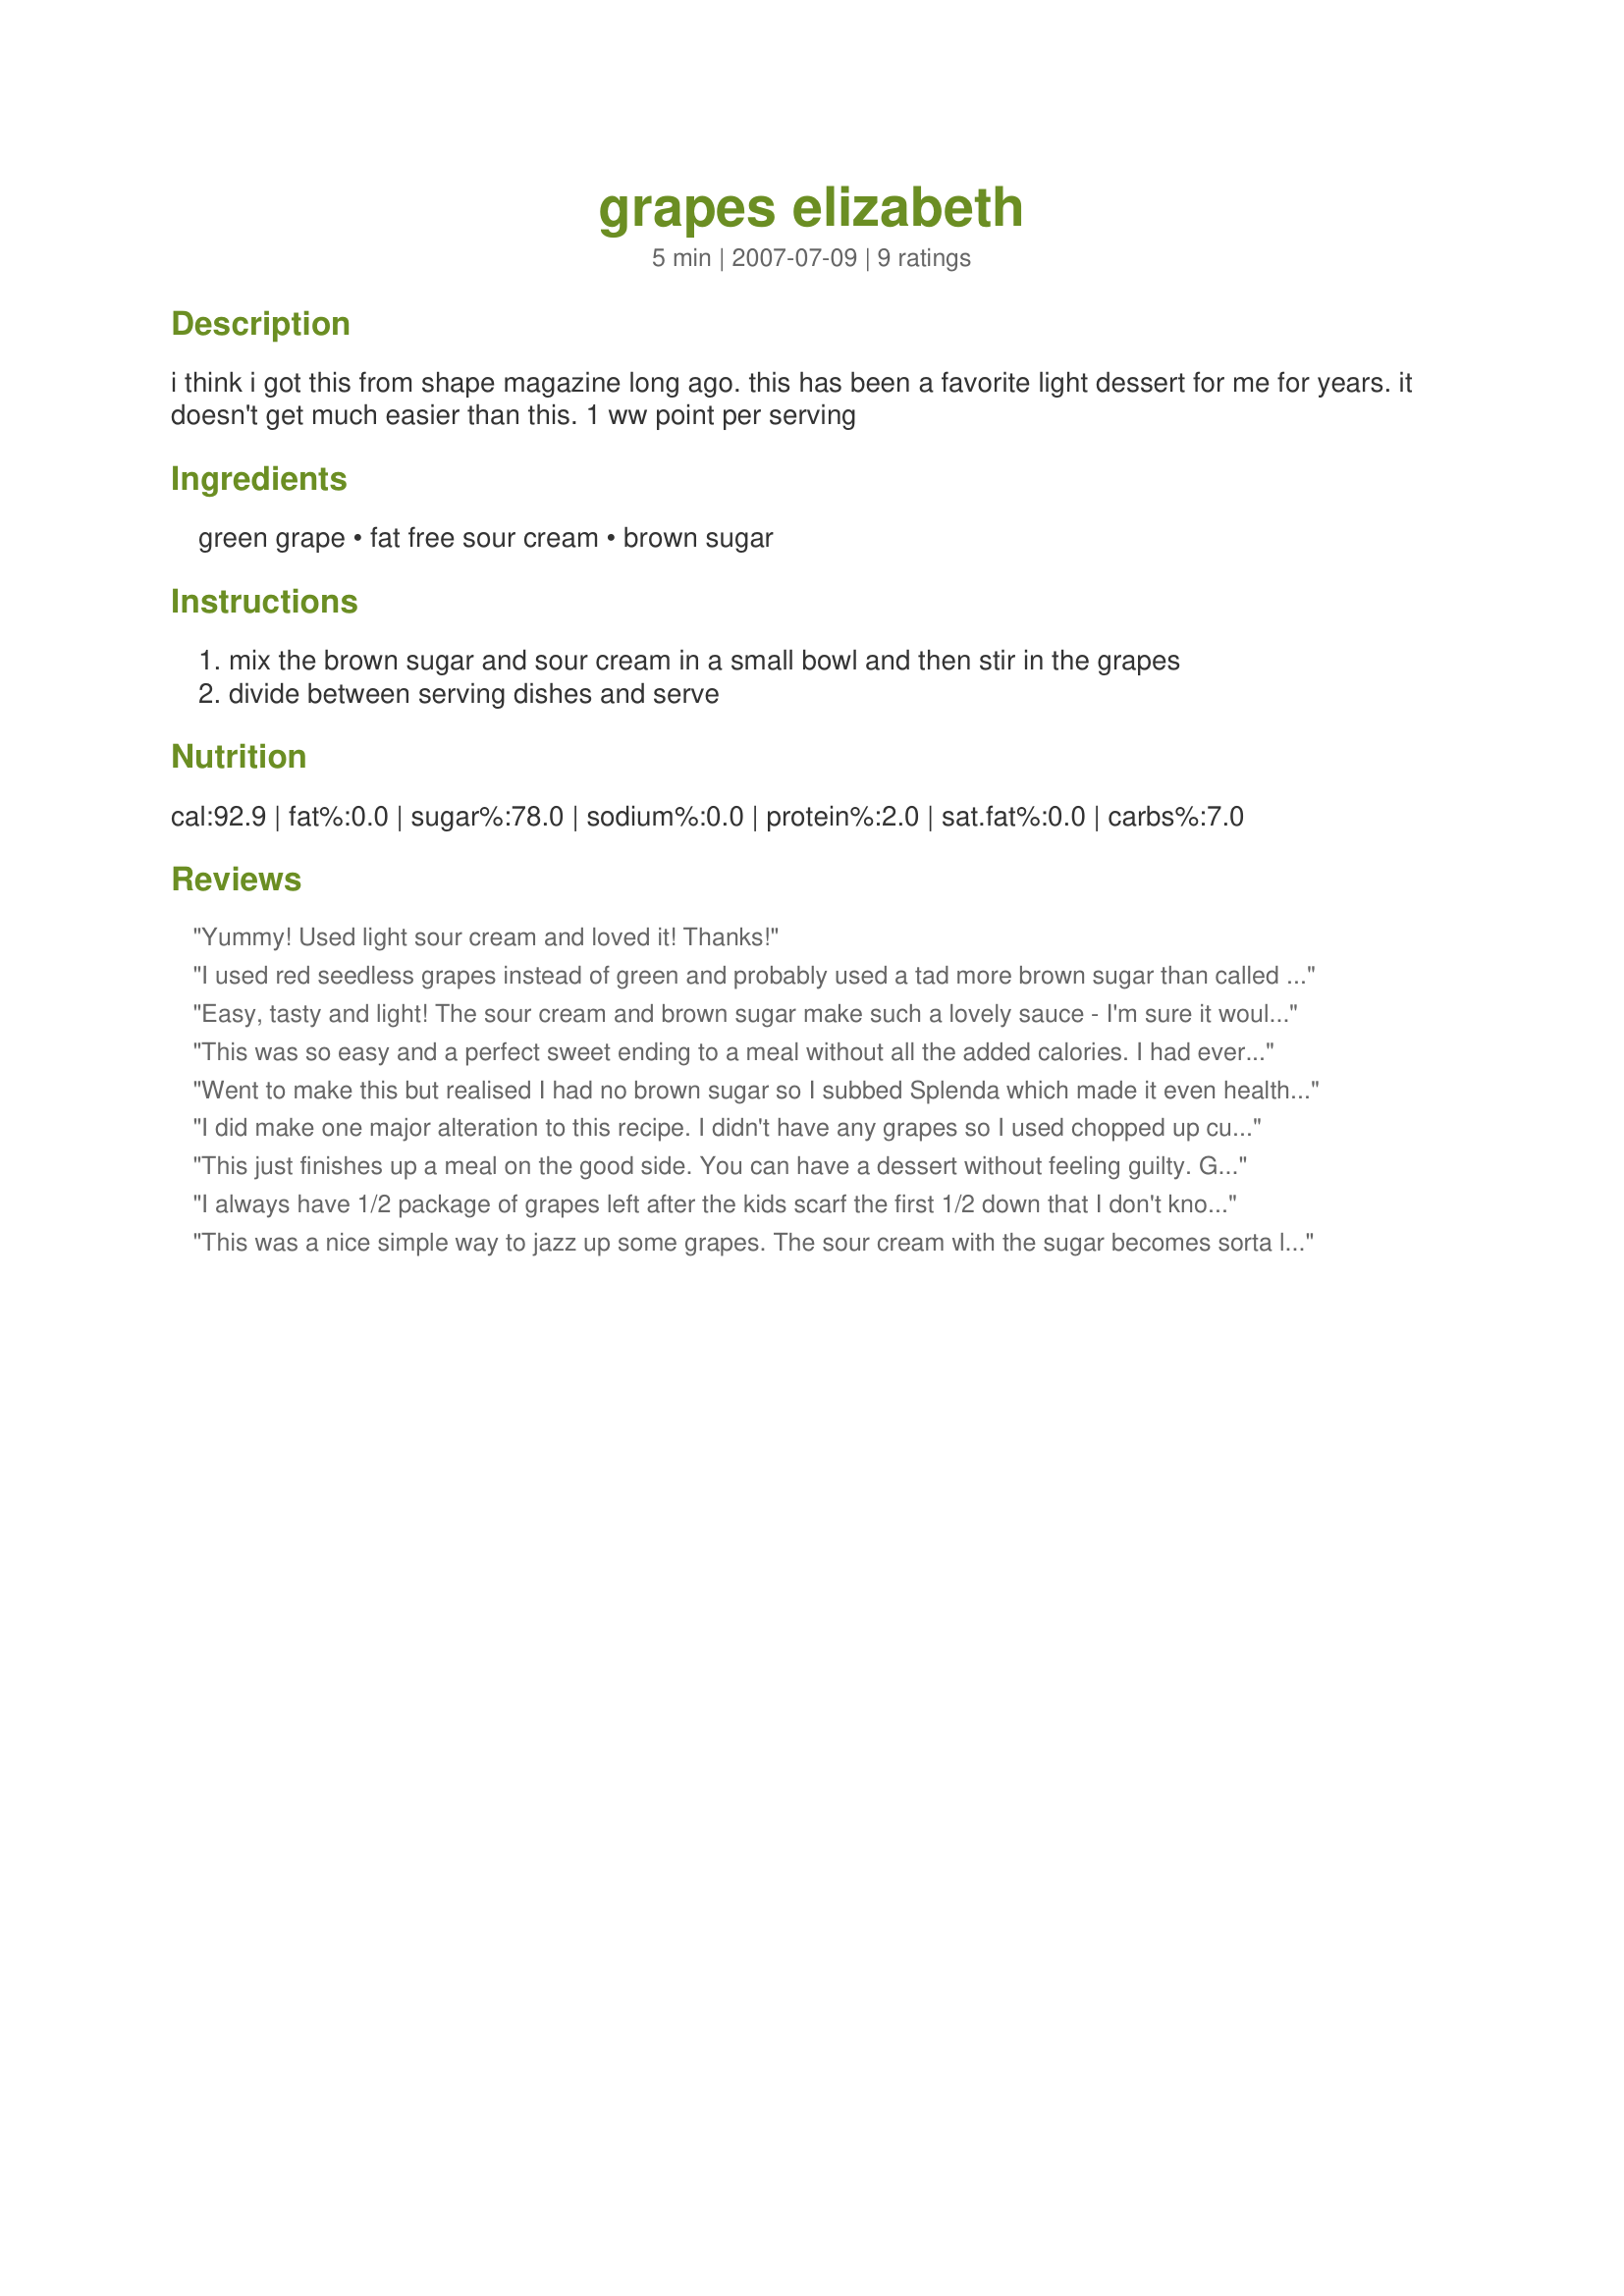
grapes elizabeth
Preparation time: 5 minutes

i think i got this from shape magazine long ago. this has been a favorite light dessert for me for years. it doesn't get much easier than this. 1 ww point per serving

Ingredients:
green grape, fat free sour cream, brown sugar

Steps:
mix the brown sugar and sour cream in a small bowl and then stir in the grapes, divide between serving dishes and serve

Reviews:
Yummy! Used light sour cream and loved it! Thanks!
I used red seedless grapes instead of green and probably used a tad more brown sugar than called for but this was an easy tasty treat and a great way to get my boyfriend to eat some more fruit. Thanks for posting.
Easy, tasty and light! The sour cream and brown sugar make such a lovely sauce - I'm sure it would go well with lots of other fruit too! Thanks for sharing!
This was so easy and a perfect sweet ending to a meal without all the added calories. I had everything on hand, and used splenda brown sugar. I loved the sweet, tart flavor combination and will be making this a lot. Thanks holly for a simple, great tasting recipe.
Went to make this but realised I had no brown sugar so I subbed Splenda which made it even healthier. This was really delicious & oh so simple, even toddler DD who has gone off grapes a bit was asking for more. Great idea, thanks!
I did make one major alteration to this recipe. I didn't have any grapes so I used chopped up cucumber. I also added on some dried cranberries for some colour. It was awesome! And I can see how much better it would be with grapes!! I love the flavour that the sour cream takes on. Thank you so much for sharing!
This just finishes up a meal on the good side. You can have a dessert without feeling guilty. Great recipe. Will make again. Everyone loved it.
I always have 1/2 package of grapes left after the kids scarf the first 1/2 down that I don't know what to do with. This is a nice recipe for dinner when you don't want a full dessert, but still want something sweet. Unfortunately, (for them) my kids only eat naked fruit, so this ends up being for the adults -- but that is fine!
This was a nice simple way to jazz up some grapes. The sour cream with the sugar becomes sorta like a sweet yogurt coating on the grapes and you can really taste the brown sugar. It adds just a bit of sweetness to a somewhat tart grape.
